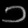
Digit: ၁